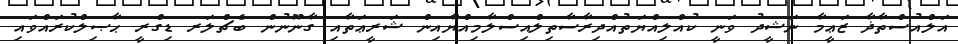
އަލްއުސްތާޛާ ޒަޢީމާ ނަޝީދު ވަނީ ކުއްލިއްޔަތުއްދިރާސާތިލްއިސްލާމިއްޔާއިން ޝަރީޢަތާއި ގާނޫނުން ބެޗްލަރ ޑިގްރީ ޙާޞިލްކުރައްވައި